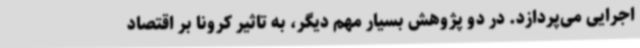
اجرایی می‌پردازد. در دو پژوهش بسیار مهم دیگر، به تاثیر کرونا بر اقتصاد